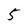
Character: 5